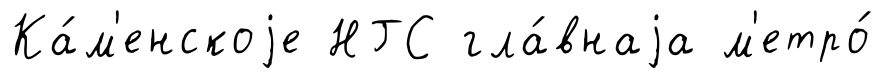
Ка́м'енскоjе НГС гла́внаjа м'етро́